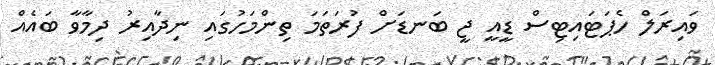
ވައިރަލް ހެޕަޓައިޓިސް ޑީއީ ޖީ ބަނޑަށް ފުރަތަމަ ތިންމަހުގައި ނިދާއިރު ދިމާވާ ބައެއް